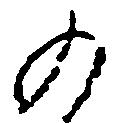
の